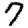
Digit: 7